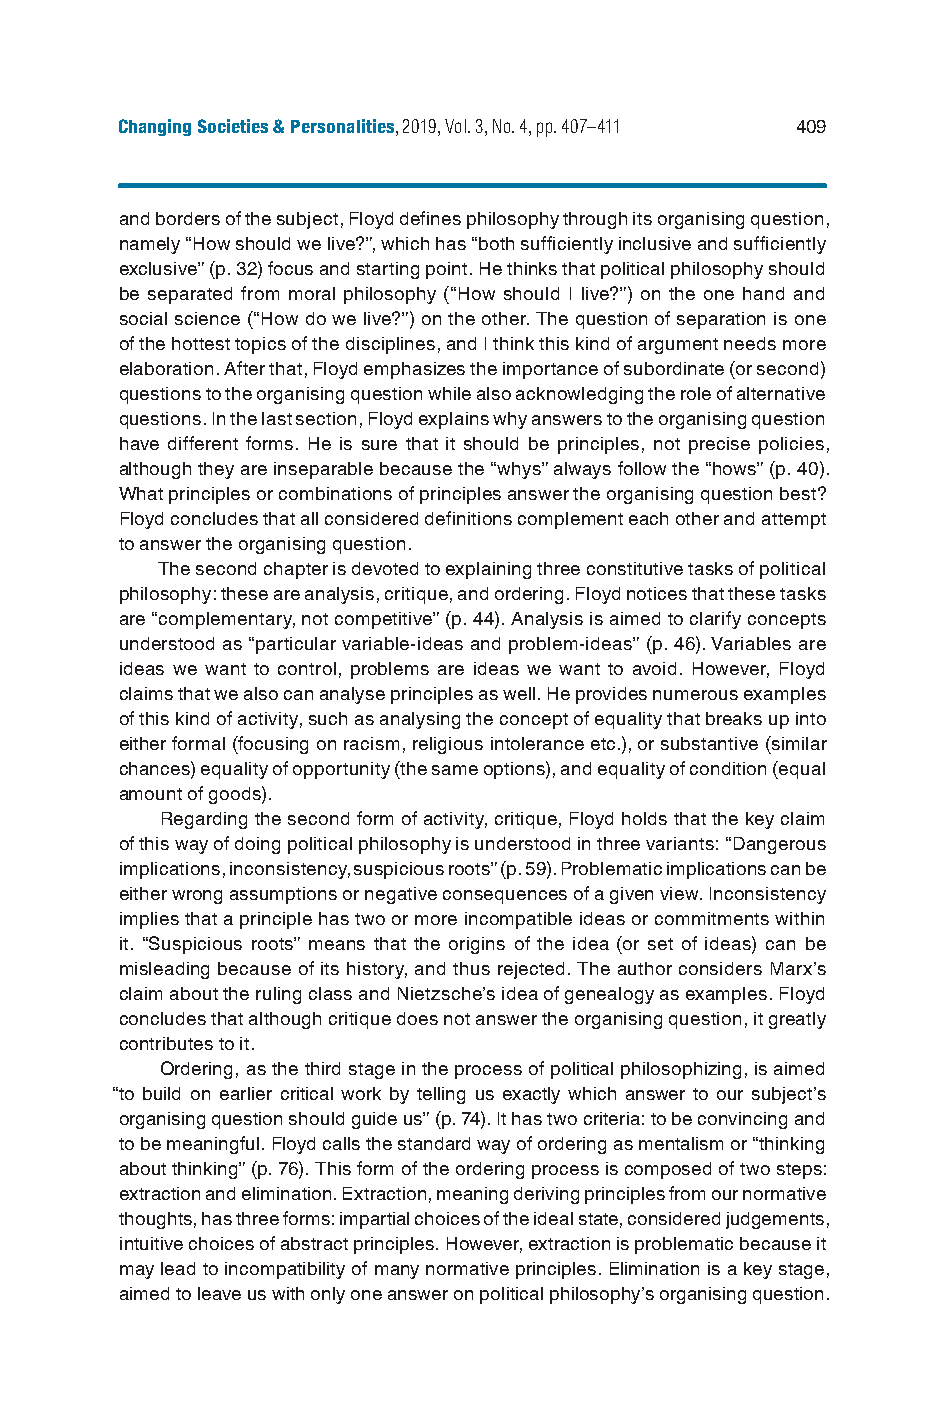
Changing Societies & Personalities, 2019, Vol. 3, No. 4, pp. 407–411 409
 and borders of the subject, Floyd defines philosophy through its organising question,
 namely “How should we live?”, which has “both sufficiently inclusive and sufficiently
 exclusive” (p. 32) focus and starting point. He thinks that political philosophy should
 be separated from moral philosophy (“How should I live?”) on the one hand and
 social science (“How do we live?”) on the other. The question of separation is one
 of the hottest topics of the disciplines, and I think this kind of argument needs more
 elaboration. After that, Floyd emphasizes the importance of subordinate (or second)
 questions to the organising question while also acknowledging the role of alternative
 questions. In the last section, Floyd explains why answers to the organising question
 have different forms. He is sure that it should be principles, not precise policies,
 although they are inseparable because the “whys” always follow the “hows” (p. 40).
 What principles or combinations of principles answer the organising question best?
 Floyd concludes that all considered definitions complement each other and attempt
 to answer the organising question.
 The second chapter is devoted to explaining three constitutive tasks of political
 philosophy: these are analysis, critique, and ordering. Floyd notices that these tasks
 are “complementary, not competitive” (p. 44). Analysis is aimed to clarify concepts
 understood as “particular variable-ideas and problem-ideas” (p. 46). Variables are
 ideas we want to control, problems are ideas we want to avoid. However, Floyd
 claims that we also can analyse principles as well. He provides numerous examples
 of this kind of activity, such as analysing the concept of equality that breaks up into
 either formal (focusing on racism, religious intolerance etc.), or substantive (similar
 chances) equality of opportunity (the same options), and equality of condition (equal
 amount of goods).
 Regarding the second form of activity, critique, Floyd holds that the key claim
 of this way of doing political philosophy is understood in three variants: “Dangerous
 implications, inconsistency, suspicious roots” (p. 59). Problematic implications can be
 either wrong assumptions or negative consequences of a given view. Inconsistency
 implies that a principle has two or more incompatible ideas or commitments within
 it. “Suspicious roots” means that the origins of the idea (or set of ideas) can be
 misleading because of its history, and thus rejected. The author considers Marx’s
 claim about the ruling class and Nietzsche’s idea of genealogy as examples. Floyd
 concludes that although critique does not answer the organising question, it greatly
 contributes to it.
 Ordering, as the third stage in the process of political philosophizing, is aimed
 “to build on earlier critical work by telling us exactly which answer to our subject’s
 organising question should guide us” (p. 74). It has two criteria: to be convincing and
 to be meaningful. Floyd calls the standard way of ordering as mentalism or “thinking
 about thinking” (p. 76). This form of the ordering process is composed of two steps:
 extraction and elimination. Extraction, meaning deriving principles from our normative
 thoughts, has three forms: impartial choices of the ideal state, considered judgements,
 intuitive choices of abstract principles. However, extraction is problematic because it
 may lead to incompatibility of many normative principles. Elimination is a key stage,
 aimed to leave us with only one answer on political philosophy’s organising question.